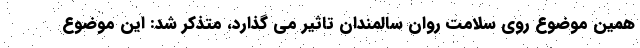
همین موضوع روی سلامت روان سالمندان تاثیر می گذارد، متذکر شد: این موضوع